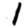
Digit: 1